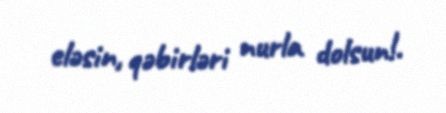
eləsin, qəbirləri nurla dolsun!.